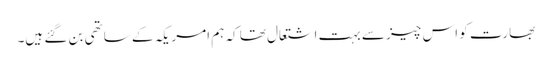
بھارت کو اس چیز سے بہت اشتعال تھا کہ ہم امریکہ کے ساتھی بن گئے ہیں۔